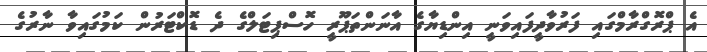
އެ ޕްރޮގްރާމްގައި ފަރުވާދީފައިވަނީ އިންޑިޔާގެ އާނަންތަޕޫރީ ހޮސްޕިޓަލްގެ ދެ ޑޮކްޓަރުން ކަމުގައިވާ ނާރުގެ